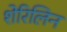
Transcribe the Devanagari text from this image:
शेरिलिन